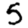
Digit: 5